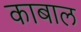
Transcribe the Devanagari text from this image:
काबाल